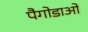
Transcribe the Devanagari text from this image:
पैगोडाओं